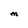
Character: M